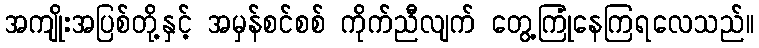
အကျိုးအပြစ်တို့နှင့် အမှန်စင်စစ် ကိုက်ညီလျက် တွေ့ကြုံနေကြရလေသည်။